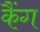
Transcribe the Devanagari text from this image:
कैंग